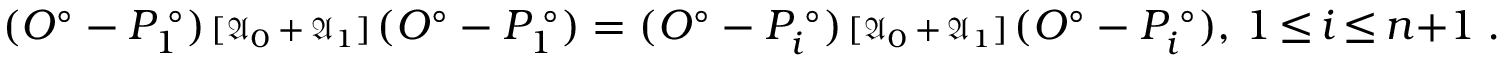
( O ^ { \circ } - P _ { 1 } ^ { \; \circ } ) { \scriptstyle { \, [ \mathfrak { A } _ { 0 } { \, + \, } \mathfrak { A } _ { 1 } ] \, } } ( O ^ { \circ } - P _ { 1 } ^ { \; \circ } ) = ( O ^ { \circ } - P _ { i } ^ { \; \circ } ) { \scriptstyle { \, [ \mathfrak { A } _ { 0 } { \, + \, } \mathfrak { A } _ { 1 } ] \, } } ( O ^ { \circ } - P _ { i } ^ { \; \circ } ) , \, 1 { \, \le \, } i { \, \le \, } n { + } 1 \; .